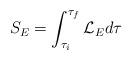
LaTeX: \begin{align*}S_E = \int^{\tau_f}_{\tau_i} {\cal L}_E d\tau\end{align*}